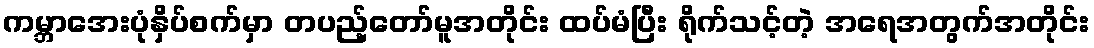
ကမ္ဘာအေးပုံနှိပ်စက်မှာ တပည့်တော်မူအတိုင်း ထပ်မံပြီး ရိုက်သင့်တဲ့ အရေအတွက်အတိုင်း